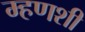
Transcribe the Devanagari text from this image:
म्हणशी